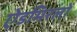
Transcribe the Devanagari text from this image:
ऐडमिरलों